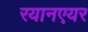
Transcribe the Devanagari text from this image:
रयानएयर